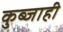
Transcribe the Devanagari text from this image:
कुब्जाही